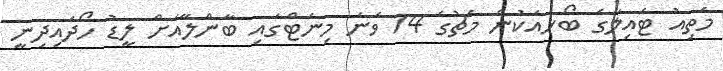
މެތިއު ޓެއިލާގެ ބޯޅައަކުން މެޗުގެ 14 ވަނަ މިނެޓްގައި ބާންލޭއަށް ލީޑު ހޯދައިދިނީ